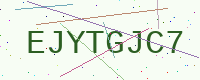
Text: EJYTGJC7